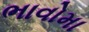
ભાવોમા